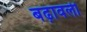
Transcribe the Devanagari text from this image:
बढ़ावली